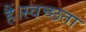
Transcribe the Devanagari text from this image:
हैं।स्वच्छता